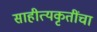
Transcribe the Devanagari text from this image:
साहीत्यकृतींचा